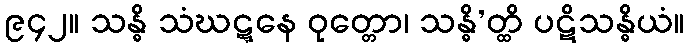
၉၄၂။ သန္ဓိ သံဃဋ္ဋနေ ဝုတ္တော၊ သန္ဓိ’တ္ထိ ပဋိသန္ဓိယံ။